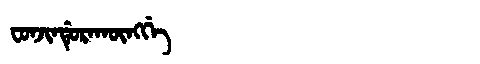
Manchu: ᠸᠣᠨᠵᡳᠨᡩᡠᡵᠠᡴᡡᠩᡤᡝ
Romanization: FONJINDURAKŪNGGE